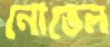
নোভেল